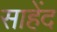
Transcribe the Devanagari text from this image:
साहेंद